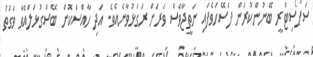
ސަޕޯސިޓްރީ ބޭނުންކުރަން ފަސޭހަވެފައި ނަތީޖާވެސް ވަރަށް ރަގަޅުވާނެއެވެ. އަދި ހާއްސަކޮށް ބޭސްގުޅަލައްވާ ވަގުތު